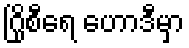
ဂြိုစီရေ ဟောဒီမှာ